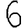
Digit: 6